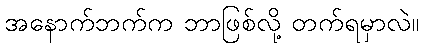
အနောက်ဘက်က ဘာဖြစ်လို့ တက်ရမှာလဲ။